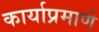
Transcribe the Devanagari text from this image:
कार्याप्रमाणे